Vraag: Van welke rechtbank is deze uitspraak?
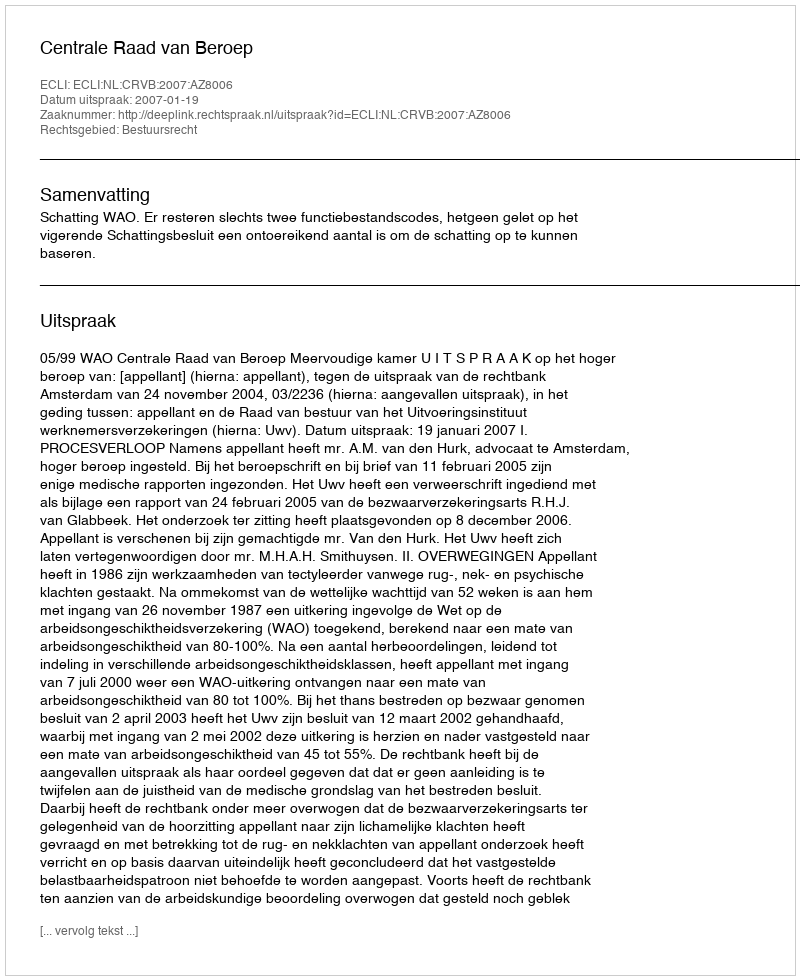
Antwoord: Centrale Raad van Beroep